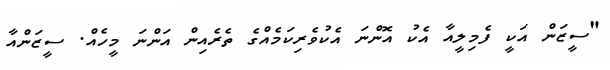
"ސީޒަން އަކީ ފެމިލީއާ އެކު އޮންނަ އެކުވެރިކަމެއްގެ ތެރެއިން އަންނަ މީހެއް. ސީޒަންއާ